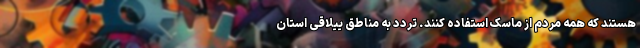
هستند که همه مردم از ماسک استفاده کنند. تردد به مناطق ییلاقی استان